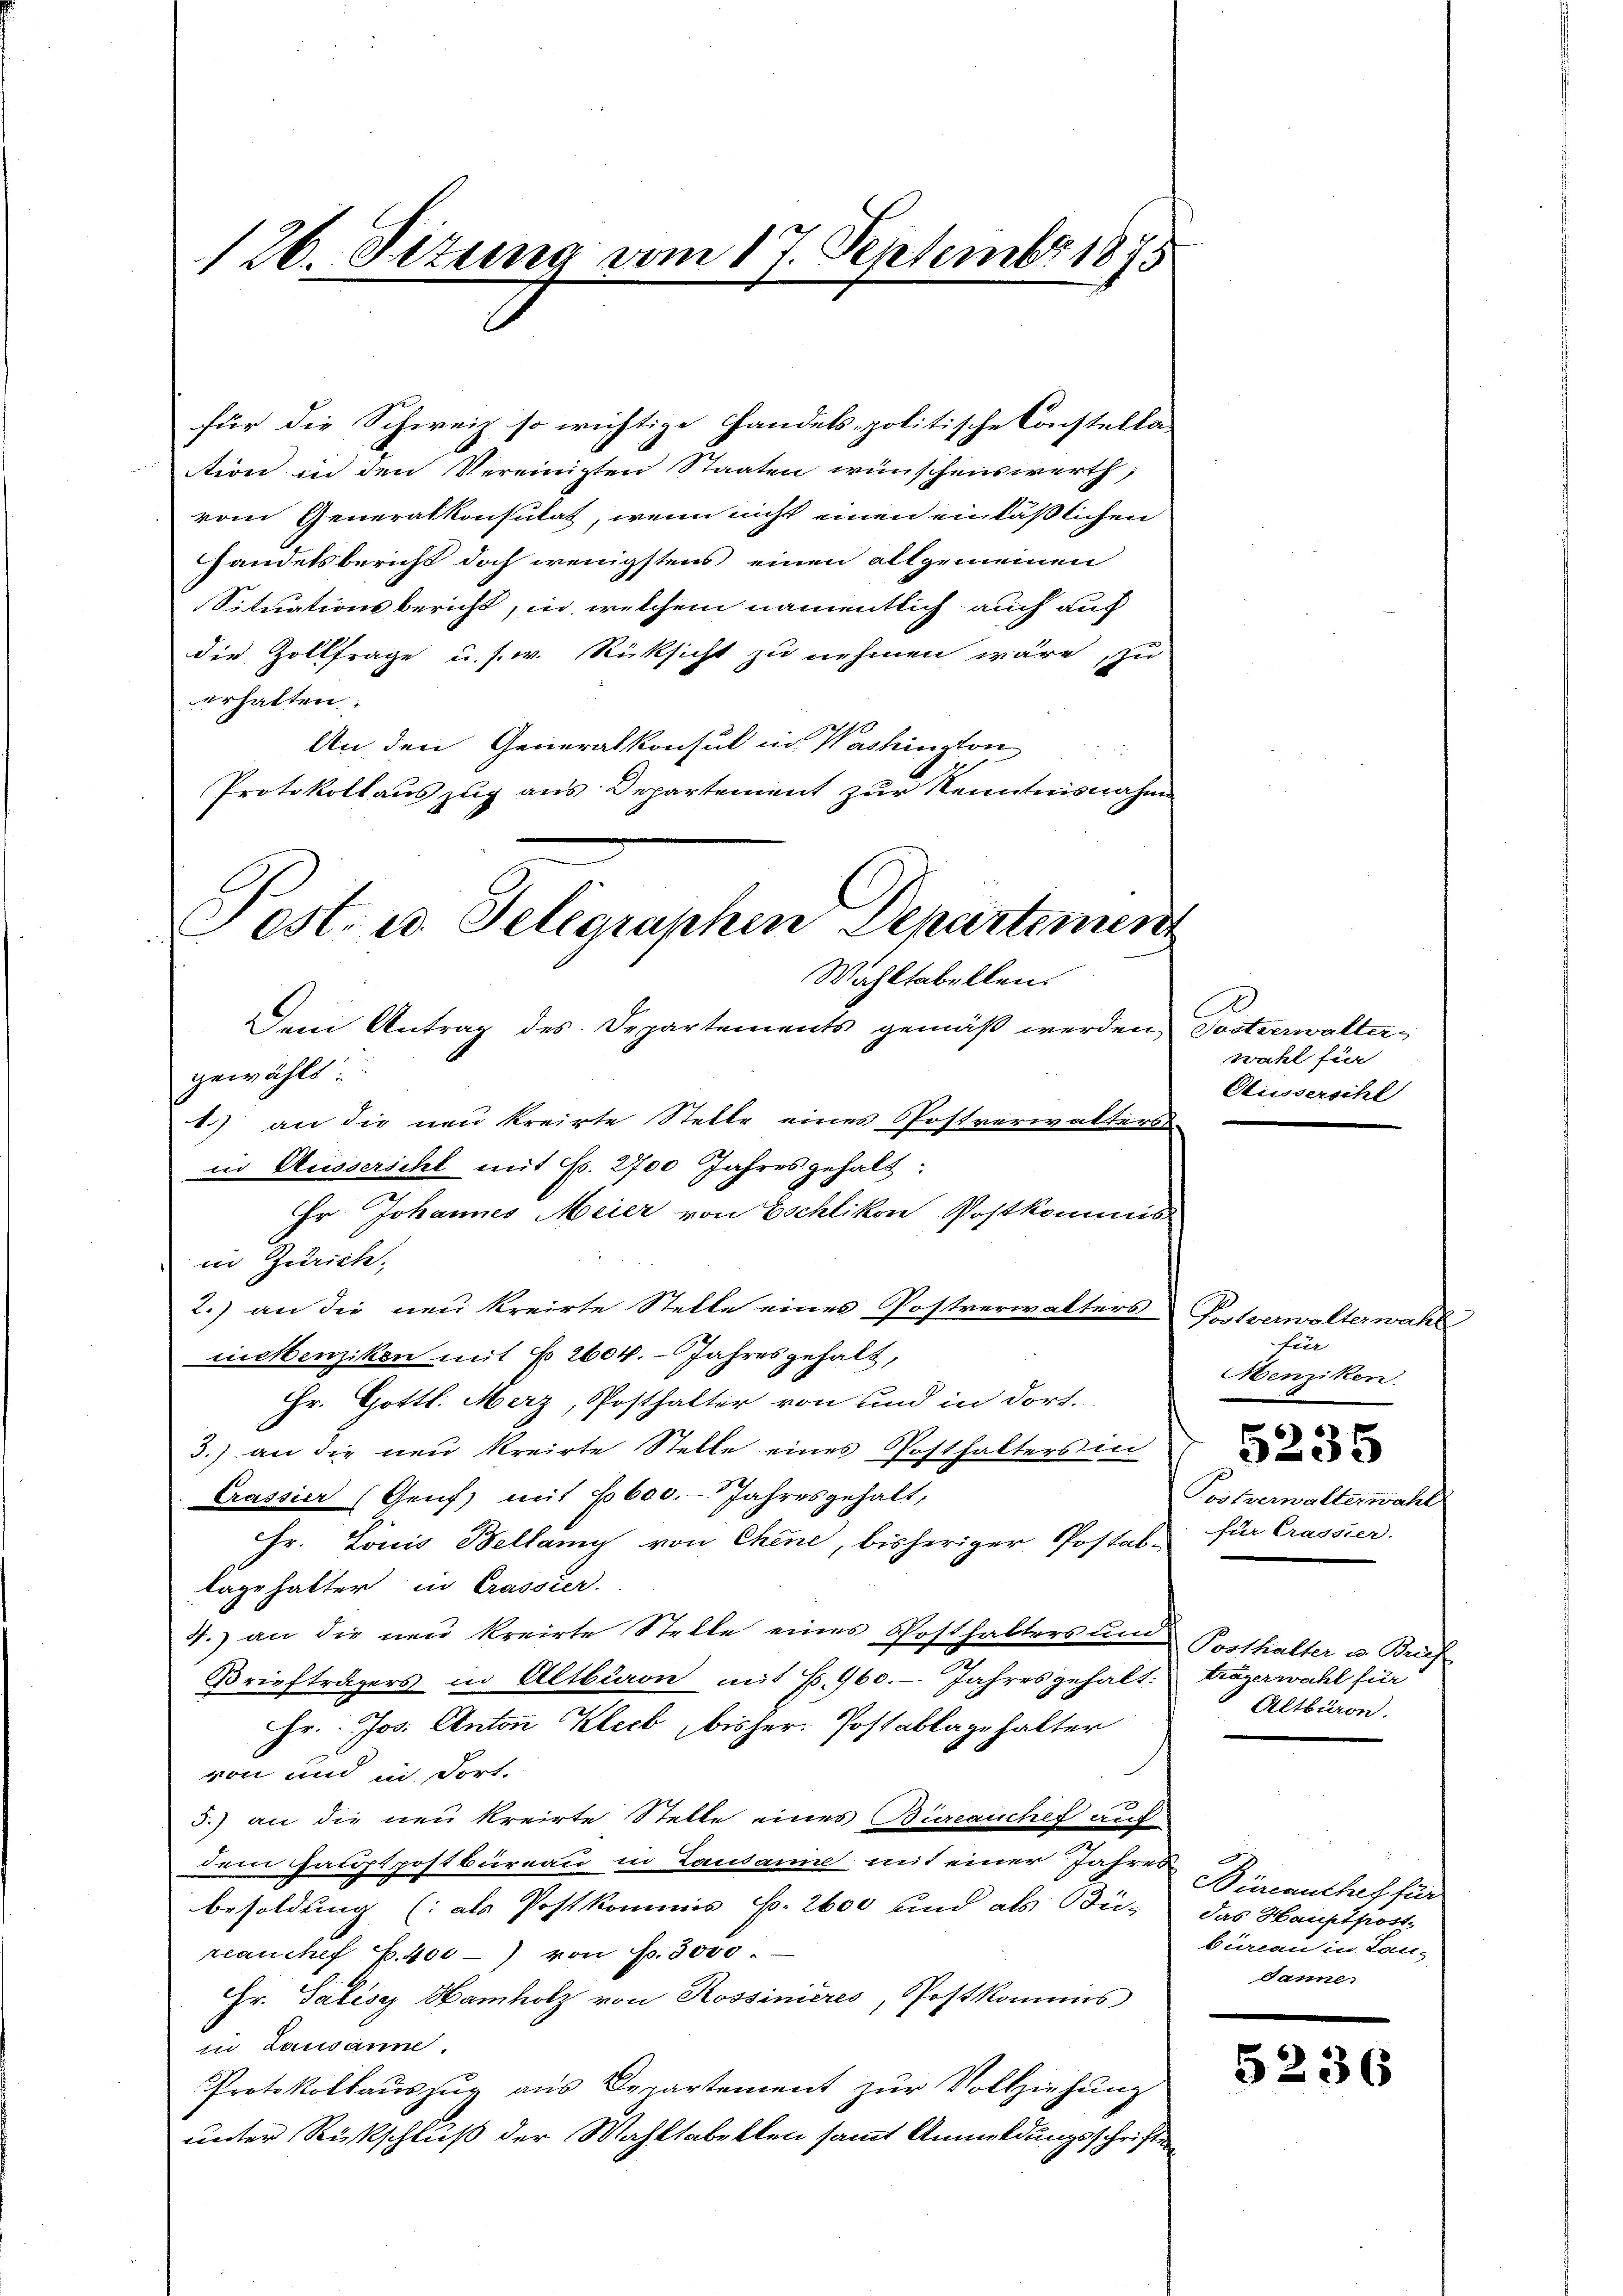
126. Setung vom 17. Septembr 1875

für die Schweiz so wichtige Handels-politische Constella-
tion in den Vereinigten Staaten wünschenswerth,
vom Generalkonsulat, wenn nicht einen einläßlichen
handelsbericht doch wenigstens einen allgemeinen
Situationsbericht, in welchem namentlich auch auf
die Zollfrage u. s. w. Rücksicht zu nehmen wäre, zu
erhalten
20
An den Generalkonsul in Washington
Protokollaŭszŭg ans Departement zŭr Kenntnisnahm
Dem Antrag des Departements gemäß werden, Postverwaltergewählt:
1) an die neu kreirte Stelle eines Postverwalters
in Aussersihl mit Fr. 2700 Jahres gehalt:
Er Johannes Meier von Eschlikon Postkommis
in Zwicke.
2.) an die neu kreirte Stelle eines Postverwalters
nickenzikon mit No 2604. Jahresgehalt,
Hr. Gottl. Merz, Posthalter von und in dort.
3.) an die neu kreirte Stelle eines Posthalters in
Crassier (Genf, mit 5600. Jahresgehalt,
Hr. Louis Bellam von Chene, bisheriger Postal-
lage halter in Crassier.
4.) an die neu kreirte Stelle eines Posthalters und Posthalter u. Brief
Briefträgers in Altbiaon mit 6. 960. Jahres gehalt:
Hr. Jos. Anton Kleeb, bisher Postablage halter
von und in dort.
5.) an die neu kreirte Stelle eines Burcaischef aus
dem Hauptpostbureau in Landanin mit einer Jahres-
Besoldung (als Postkommis Fr. 2600 und als Bü-
reanchef p. 400) von Fr. 3000.
Hr. Palise Namholz von Rossinieres, Postkommis
in Lausanne.
Protokollaŭszŭg aŭs Departement zŭr Vollziehŭng
unter Rückschluß der Wahltabellen sammt Anmeldungsschriften

Fest. u. Telegraphen Departement
Wahltabellen.

wahl für
Aussersihl

Postverwalterwahl
hin
Menziken
5235
Postverwalterwahl
für Cassier.

trägerwahl für
Altburon.

Büreauthef für
das Hauptpostbureau in Lan-
Janne.

5236